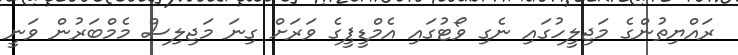
ރައްޔިތުންގެ މަޖިލީހުގައި ނެގި ވޯޓުގައި އެމްޑީޕީގެ ވަރަށް ގިނަ މަޖިލިސް މެމްބަރުން ވަނީ